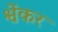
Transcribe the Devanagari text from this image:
श्वेंकर